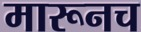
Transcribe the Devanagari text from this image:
मारूनच